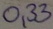
Text: 0,33